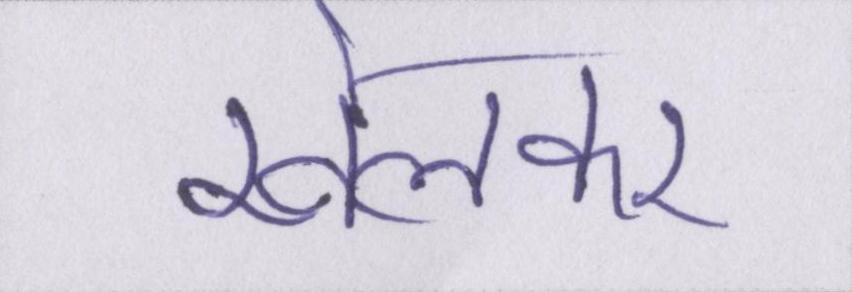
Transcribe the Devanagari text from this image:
खेलकर